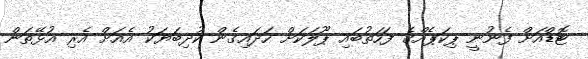
ޓޮޑްއަށް ފެނުނީ ޕިކަޕެއްގެ ފަހަތުބައި ޕޫލަކަށް ހަދައިގެން ކުދިބަޔަކު އެއަށް އެރި އުޅޭތަން